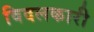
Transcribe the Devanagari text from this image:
विदलकारी